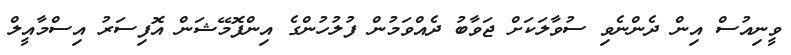
ވީނިއުސް އިން ދެންނެވި ސުވާލަކަށް ޖަވާބު ދެއްވަމުން ފުލުހުންގެ އިންފޮމޭޝަން އޮފިސަރު އިސްމާއީލް